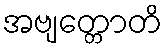
အဗျတ္တောတိ